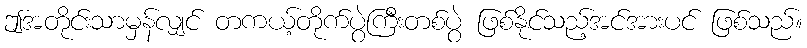
ဤအတိုင်းသာမှန်လျှင် တကယ့်တိုက်ပွဲကြီးတစ်ပွဲ ဖြစ်နိုင်သည့်အင်အားပင် ဖြစ်သည်။